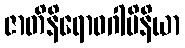
ဇာတိနိရောဓဂါမိနိယာ